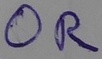
Text: OR